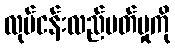
လုပ်ငန်းလည်ပတ်မှုကို